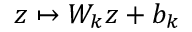
z \mapsto W _ { k } z + b _ { k }